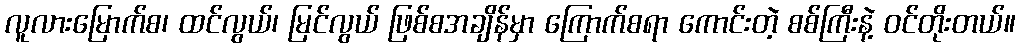
လူလားမြောက်စ၊ ထင်လွယ်၊ မြင်လွယ် ဖြစ်စအချိန်မှာ ကြောက်စရာ ကောင်းတဲ့ စစ်ကြီးနဲ့ ဝင်တိုးတယ်။